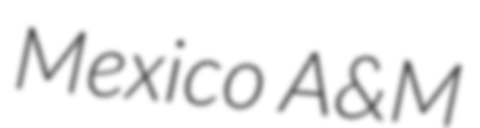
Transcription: Mexico A&M